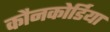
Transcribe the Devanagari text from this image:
कौनकोर्डिया